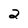
Character: 2